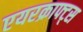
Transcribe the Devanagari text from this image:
एयरक्राफ्ट्स